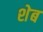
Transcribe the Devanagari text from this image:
शेब